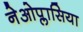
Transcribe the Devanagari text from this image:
नेओप्लासिया